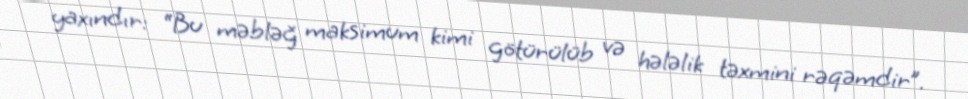
yaxındır: “Bu məbləğ maksimum kimi götürülüb və hələlik təxmini rəqəmdir”.